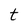
Character: t